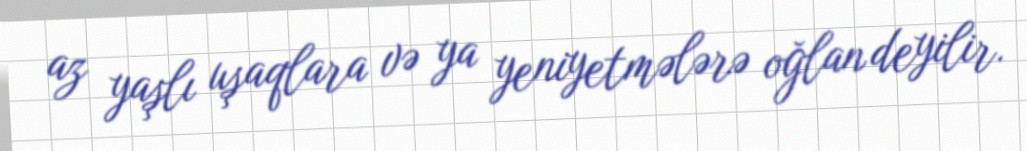
az yaşlı uşaqlara və ya yeniyetmələrə oğlan deyilir.